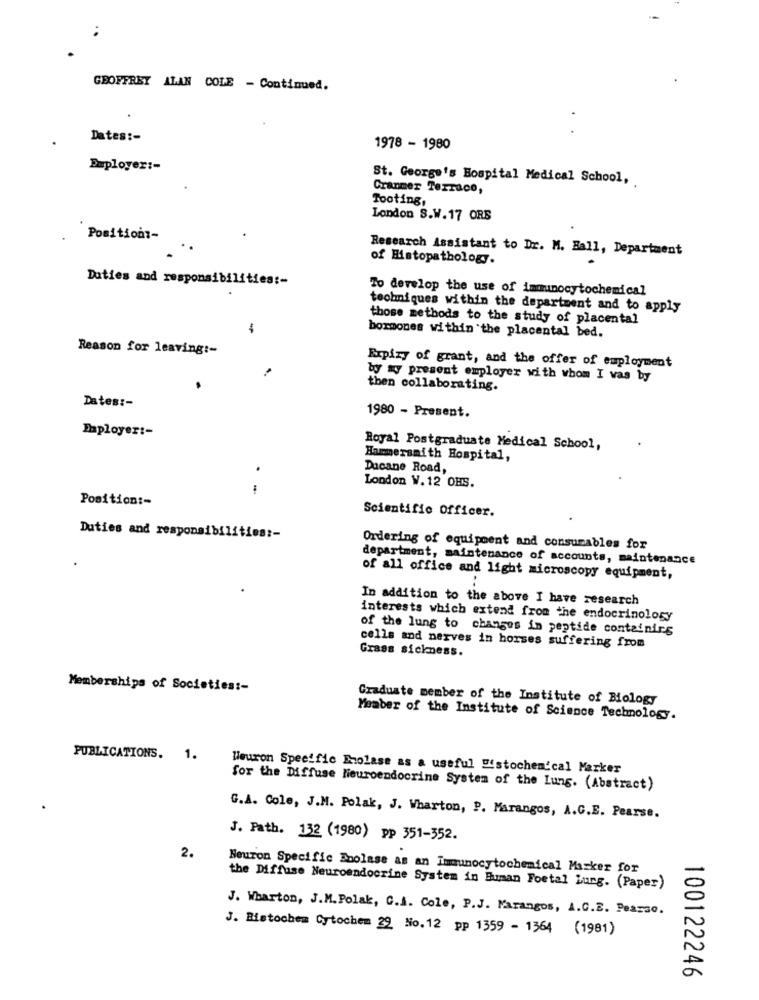
GEOFFREY ALAN COLE - Continued.
Dates :-
1978 - 1980
Employer :-
St. George's Hospital Medical School,
Cranmer Terrace,
Tooting,
London S.W. 17 ORS
Position :-
Research Assistant to Dr. M. Hall, Department
of Histopathology.
Duties and responsibilities :-
To develop the use of immunocytochemical
techniques within the department and to apply
those methods to the study of placental
-
bormones within the placental bed.
Reason for leaving :-
Expiry of grant, and the offer of employment
by my present employer with whom I vas by
then collaborating.
Dates :-
1980 - Present.
Employer :-
Royal Postgraduate Medical School,
Hammersmith Hospital,
Ducane Road,
London W. 12 OHS.
.-
Position :-
Scientific Officer.
Duties and responsibilities :-
Ordering of equipment and consumables for
department, maintenance of accounts, maintenance
of all office and light microscopy equipment,
In addition to the above I have research
interests which extend from the endocrinology
of the lung to changes in peptide containing
Grass sickness.
cells and nerves in horses suffering from
Memberships of Societies :-
Graduate member of the Institute of Biology
Member of the Institute of Science Technology.
PUBLICATIONS. 1.
"euron Specific Enolase as a useful "istochemical Marker
for the Diffuse Neuroendocrine System of the Lung. (Abstract)
G.A. Cole, J.M. Polak, J. Wharton, P. Marangos, A.C.E. Pearse.
J. Path. 132 (1980) pp 351-352.
2.
Neuron Specific Boolase as an Immunocytochemical Marker for
the Diffuse Neuroendocrine System in Buman Foetal Lung. (Paper)
J. Wharton, J.M. Polak, C.J. Cole, P.J. Marangos, A.C.E. Pearso.
J. Histooben Cytochem 29 No.12 pp 1359 - 1364 (1981)
100122246